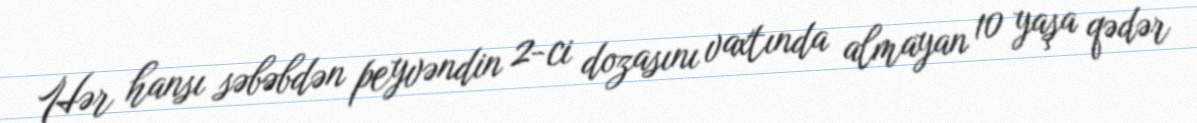
Hər hansı səbəbdən peyvəndin 2-ci dozasını vaxtında almayan 10 yaşa qədər